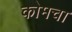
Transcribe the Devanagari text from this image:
कोमचा